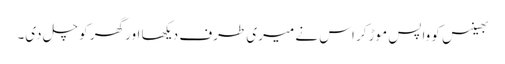
بھینس کو واپس موڑ کر اس نے میری طرف دیکھا اور گھر کو چل دی۔